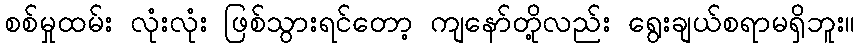
စစ်မှုထမ်း လုံးလုံး ဖြစ်သွားရင်တော့ ကျနော်တို့လည်း ရွေးချယ်စရာမရှိဘူး။